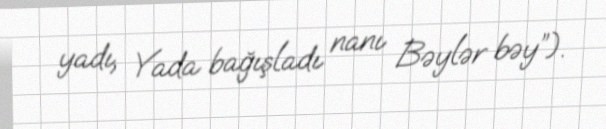
yadı, Yada bağışladı nanı Bəylər bəy”).